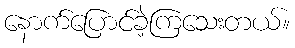
နောက်ပြောင်ခဲ့ကြသေးတယ်။